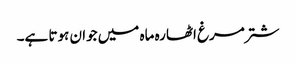
شتر مرغ اٹھارہ ماہ میں جوان ہوتا ہے۔